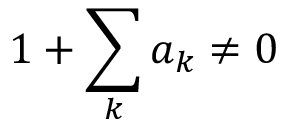
1 + \sum _ { k } a _ { k } \neq 0